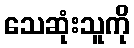
သေဆုံးသူကို